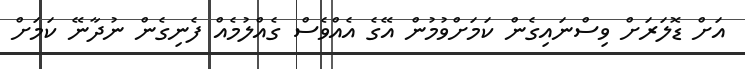
އަށް ޑޮލަރަށް ވިސްނައިގެން ކަމަށްވުމުން އޭގެ އެއްވެސް ގެއްލުމެއް ފެނިގެން ނުދާނޭ ކަމަށް